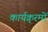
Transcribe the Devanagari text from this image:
कार्यक्र्रमों